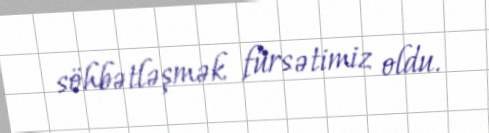
söhbətləşmək fürsətimiz oldu.